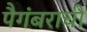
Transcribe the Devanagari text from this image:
पैगंबराची